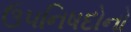
ઉપનિષદોનો